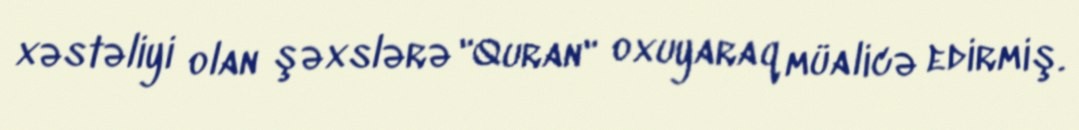
xəstəliyi olan şəxslərə "Quran" oxuyaraq müalicə edirmiş.